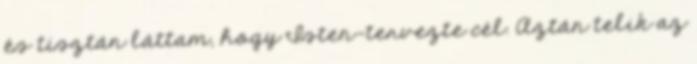
és tisztán láttam, hogy Isten-tervezte cél. Aztán telik az